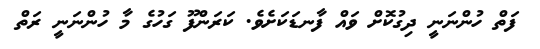
ފަތް ހުންނަނީ ދިގުކޮށް ވައް ފާނޑަކަށެވެ. ކަރަންފޫ ގަހުގެ މާ ހުންނަނީ ރަތް